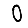
Digit: 0